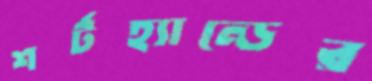
শর্টহ্যান্ডের